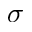
\sigma